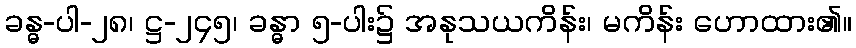
ခန္ဓ-ပါ-၂၈၊ ဋ္ဌ-၂၄၅၊ ခန္ဓာ ၅-ပါး၌ အနုသယကိန်း၊ မကိန်း ဟောထား၏။